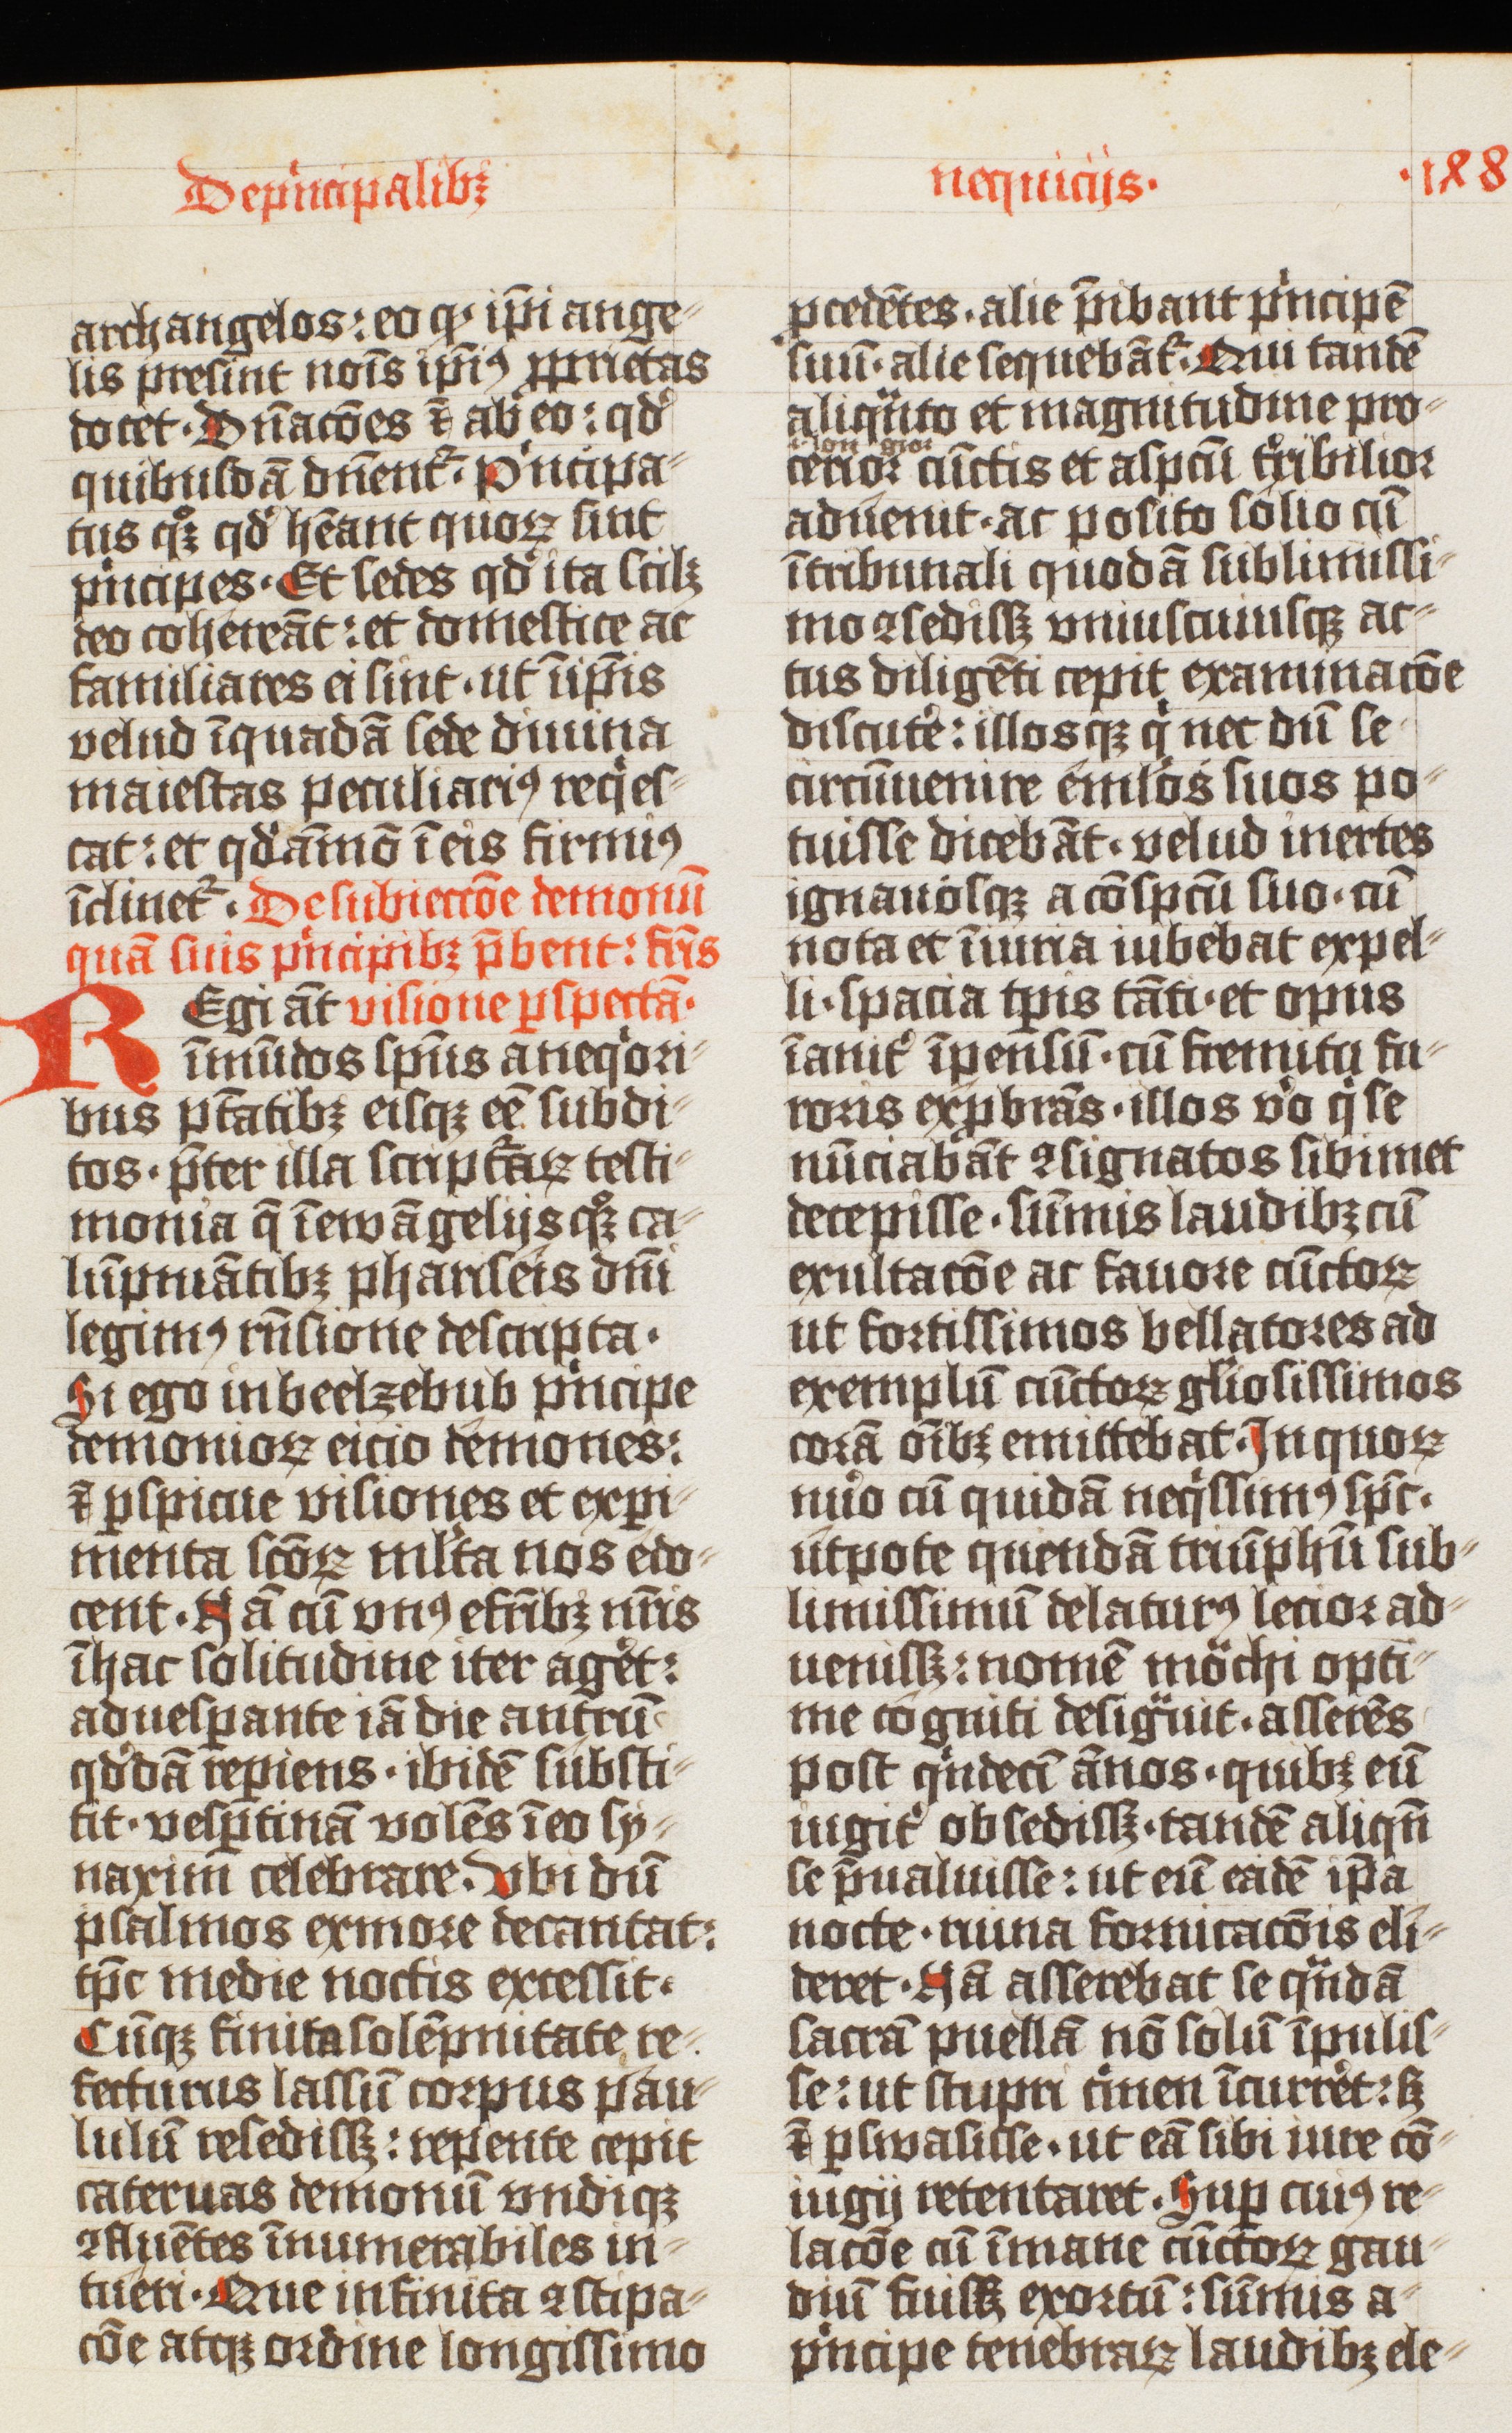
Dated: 1425–1425